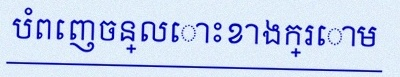
បំពេញចន្លោះខាងក្រោម